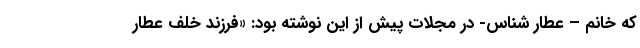
که خانم – عطار شناس- در مجلات پیش از این نوشته بود: «فرزند خلف عطار